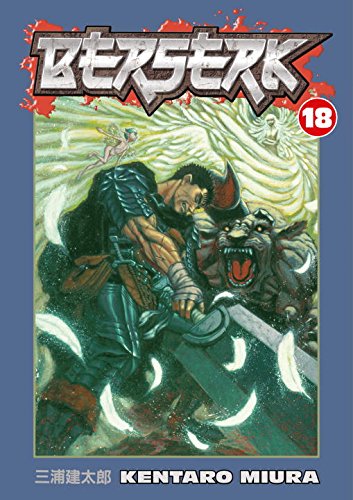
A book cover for Berserk, Vol. 18; Kentaro Miura; Comics & Graphic Novels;